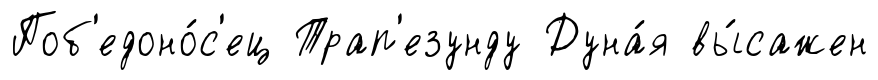
Поб'едоно́с'ец Трап'езунду Дуна́я вы́сажен